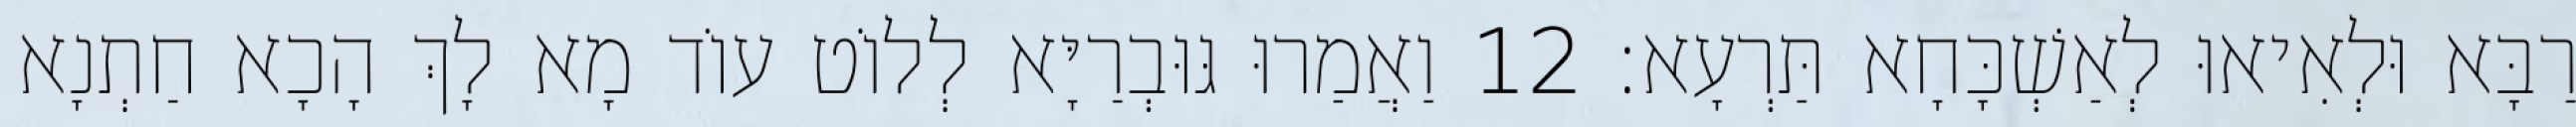
רַבָּא וּלְאִיאוּ לְאַשְׁכָּחָא תַּרְעָא׃ 12 וַאֲמַרוּ גּוּבְרַיָּא לְלוֹט עוֹד מָא לָךְ הָכָא חַתְנָא